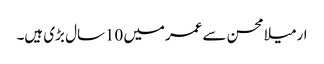
ارمیلا محسن سے عمرمیں 10سال بڑی ہیں۔